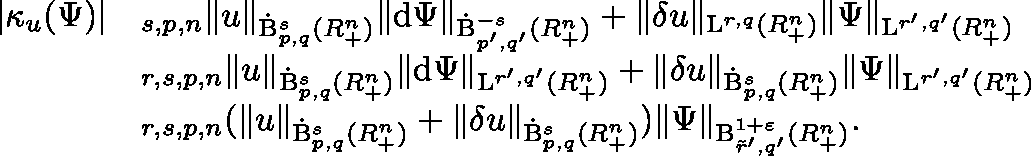
\begin{array} { r l } { \lvert \kappa _ { u } ( \Psi ) \rvert } & { \lesssim _ { s , p , n } \lVert u \rVert _ { \dot { \mathrm { B } } _ { p , q } ^ { s } ( \mathbb { R } _ { + } ^ { n } ) } \lVert \mathrm { d } \Psi \rVert _ { \dot { \mathrm { B } } _ { p ^ { \prime } , q ^ { \prime } } ^ { - s } ( \mathbb { R } _ { + } ^ { n } ) } + \lVert \mathbf { \delta } u \rVert _ { { \mathrm { L } } ^ { r , q } ( \mathbb { R } _ { + } ^ { n } ) } \lVert \Psi \rVert _ { { \mathrm { L } } ^ { r ^ { \prime } , q ^ { \prime } } ( \mathbb { R } _ { + } ^ { n } ) } } \\ & { \lesssim _ { r , s , p , n } \lVert u \rVert _ { \dot { \mathrm { B } } _ { p , q } ^ { s } ( \mathbb { R } _ { + } ^ { n } ) } \lVert \mathrm { d } \Psi \rVert _ { { \mathrm { L } } ^ { r ^ { \prime } , q ^ { \prime } } ( \mathbb { R } _ { + } ^ { n } ) } + \lVert \mathbf { \delta } u \rVert _ { \dot { \mathrm { B } } _ { p , q } ^ { s } ( \mathbb { R } _ { + } ^ { n } ) } \lVert \Psi \rVert _ { { \mathrm { L } } ^ { r ^ { \prime } , q ^ { \prime } } ( \mathbb { R } _ { + } ^ { n } ) } } \\ & { \lesssim _ { r , s , p , n } ( \lVert u \rVert _ { \dot { \mathrm { B } } _ { p , q } ^ { s } ( \mathbb { R } _ { + } ^ { n } ) } + \lVert \mathbf { \delta } u \rVert _ { \dot { \mathrm { B } } _ { p , q } ^ { s } ( \mathbb { R } _ { + } ^ { n } ) } ) \lVert \Psi \rVert _ { { \mathrm { B } } _ { \tilde { r } ^ { \prime } , q ^ { \prime } } ^ { 1 + \varepsilon } ( \mathbb { R } _ { + } ^ { n } ) } \mathrm { . ~ } } \end{array}